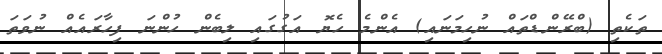
ތަކެތި (ބްރޭންޑްތައް ނުހިމަނައި) އެންމެ ހެޔޮ އަގުގައި ލިބެން ހުންނަ ފިހާރައެއް ނުވަތަ